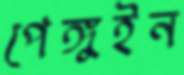
পেঙ্গুইন